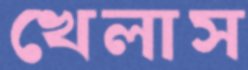
খেলাস